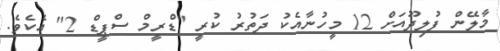
މާލޭން ފުލިދޫއަށް 12 މީހުނާއެކު ދަތުރު ކުރީ "ޑްރީމް ސްޕީޑް 2" އެކެވެ.